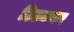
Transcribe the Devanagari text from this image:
ठिठककर